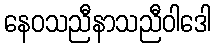
နေဝသညီနာသညီဝါဒေါ